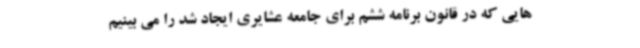
هایی که در قانون برنامه ششم برای جامعه عشایری ایجاد شد را می بینیم